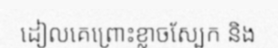
ដៀលគេព្រោះខ្លាចស្បែក និង